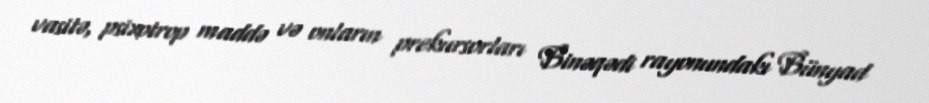
vasitə, psixotrop maddə və onların prekursorları Binəqədi rayonundakı Bünyad